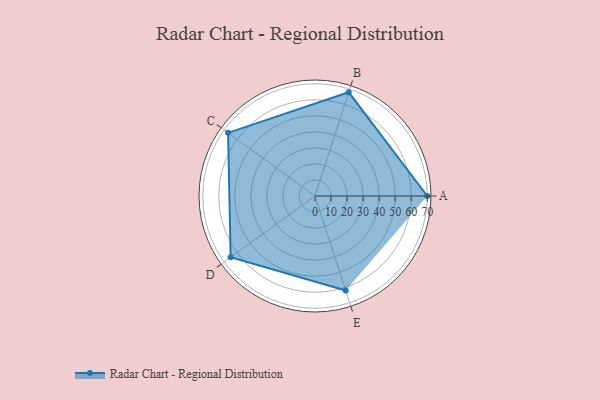
{"axis": {"x": "Skill", "y": "Score"}, "legend": ["Profile"], "data": [{"x": "A", "y": 70.0, "type": "Profile"}, {"x": "B", "y": 68.0, "type": "Profile"}, {"x": "C", "y": 67.0, "type": "Profile"}, {"x": "D", "y": 65.0, "type": "Profile"}, {"x": "E", "y": 62.0, "type": "Profile"}]}